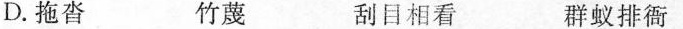
D.拖沓 竹蔑 刮目相看 群蚁排衙